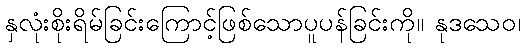
နှလုံးစိုးရိမ်ခြင်းကြောင့်ဖြစ်သောပူပန်ခြင်းကို။ နုဒသေဝ၊